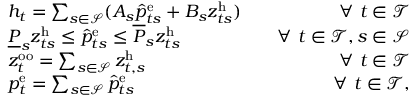
\begin{array} { r l r } & { h _ { t } = \sum _ { s \in \mathcal { S } } ( A _ { s } \hat { p } _ { t s } ^ { \mathrm { { e } } } + B _ { s } z _ { t s } ^ { \mathrm { h } } ) } & { \quad \forall ~ t \in \mathcal { T } } \\ & { \underline { { P } } _ { s } z _ { t s } ^ { \mathrm { { h } } } \leq \hat { p } _ { t s } ^ { \mathrm { e } } \leq \overline { { P } } _ { s } z _ { t s } ^ { \mathrm { { h } } } } & { \quad \forall ~ t \in \mathcal { T } , s \in \mathcal { S } } \\ & { z _ { t } ^ { \mathrm { o o } } = \sum _ { s \in \mathcal { S } } z _ { t , s } ^ { \mathrm { { h } } } } & { \quad \forall ~ t \in \mathcal { T } } \\ & { p _ { t } ^ { \mathrm { e } } = \sum _ { s \in \mathcal { S } } \hat { p } _ { t s } ^ { \mathrm { { e } } } } & { \forall ~ t \in \mathcal { T } , } \end{array}